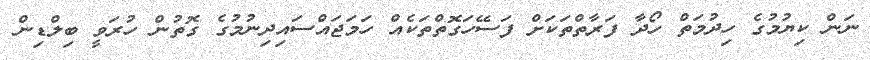
ނަން ކިޔުމުގެ ހިދުމަތް ހޯދާ ފަރާތްތަކަށް ފަސޭހަގޮތްތަކެއް ހަމަޖައްސައިދިނުމުގެ ގޮތުން ހުރަވީ ބިލްޑިން